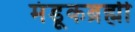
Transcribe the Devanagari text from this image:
मंडूकब्रह्मी